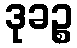
ဒုခဉ္စ